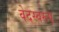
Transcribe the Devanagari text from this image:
वेदस्वरूप